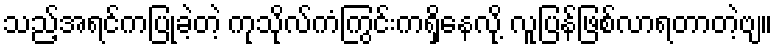
သည့်အရင်ကပြုခဲ့တဲ့ ကုသိုလ်ကံကြွင်းကရှိနေလို့ လူပြန်ဖြစ်လာရတာတဲ့ဗျ။